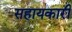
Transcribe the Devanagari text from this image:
सहायकारी